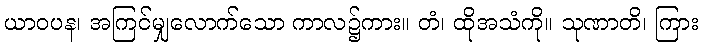
ယာဝပန၊ အကြင်မျှလောက်သော ကာလ၌ကား။ တံ၊ ထိုအသံကို။ သုဏာတိ၊ ကြား